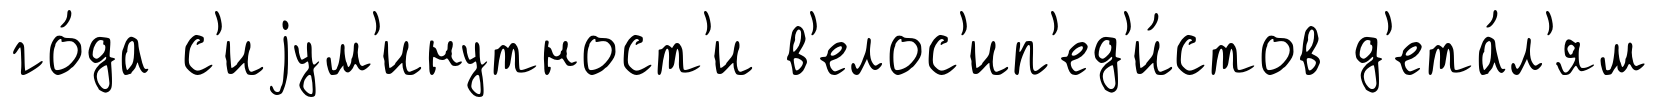
го́да с'иjум'инутност'и в'елос'ип'ед'и́стов д'ета́л'ям